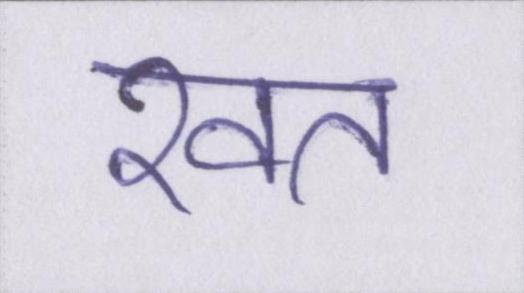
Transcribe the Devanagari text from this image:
खत